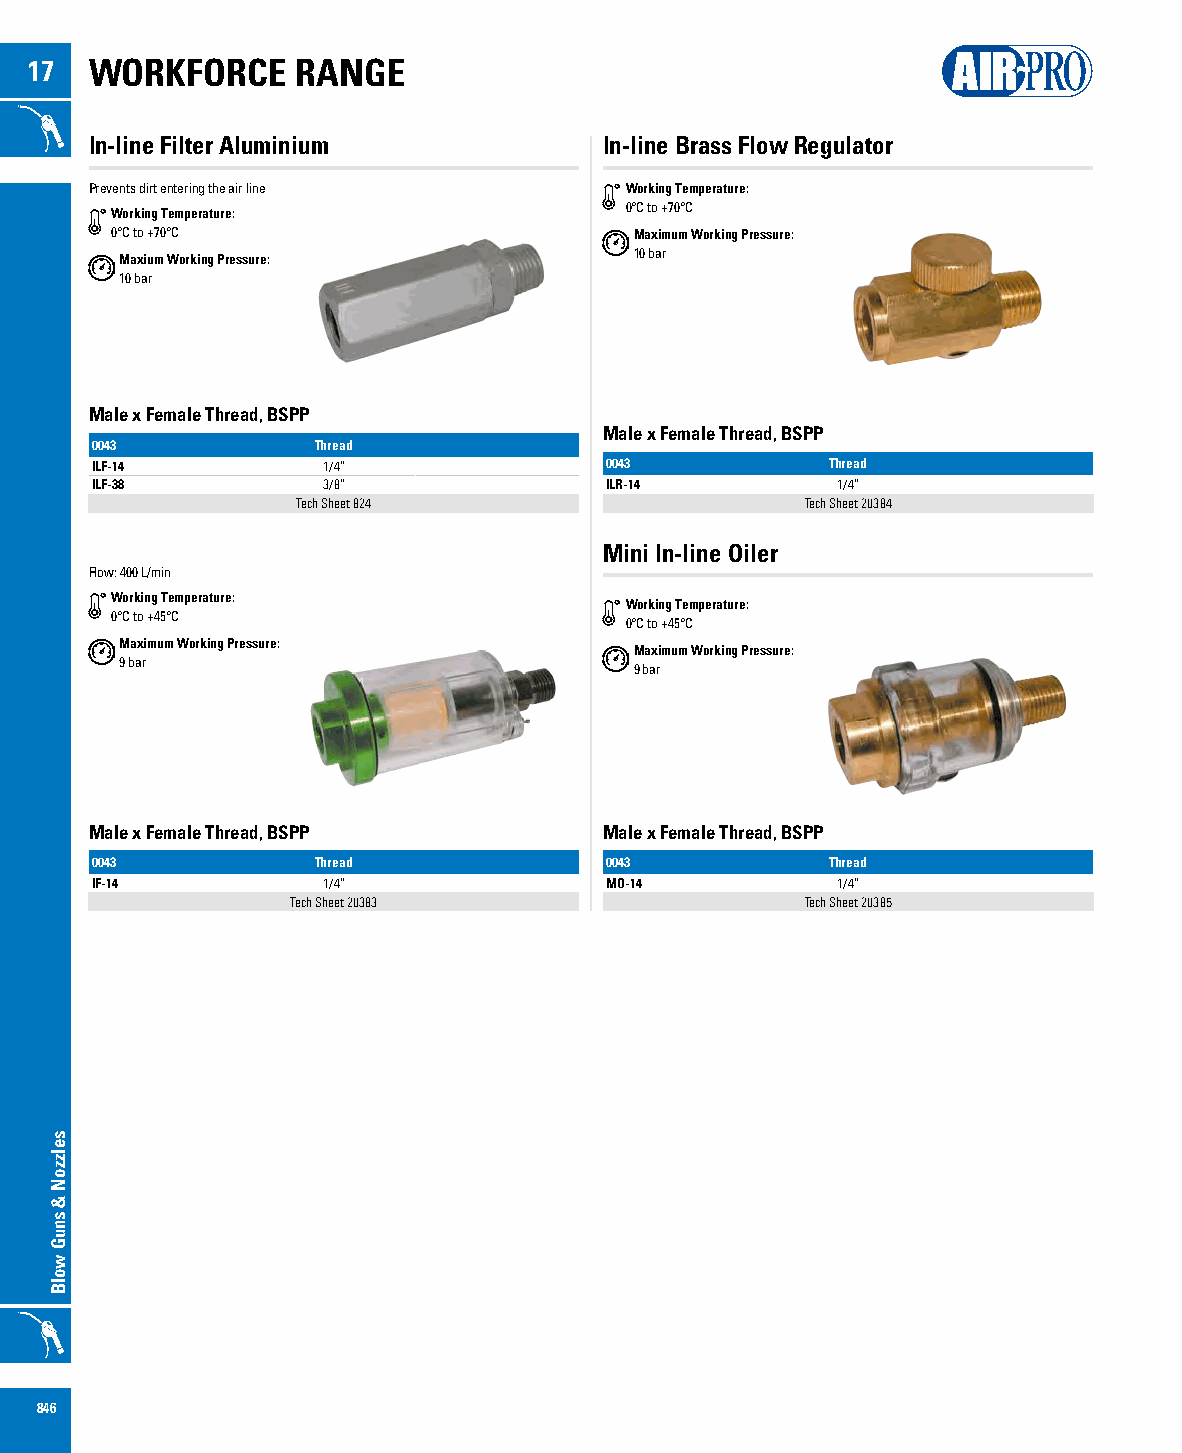
17  WORKFORCE     RANGE
 In-line Filter Aluminium          In-line Brass Flow Regulator
 Prevents dirt entering the air line Working Temperature:
 Working Temperature:              0°C to +70°C
 0°C to +70°C                       Maximum Working Pressure:
 Maxium Working Pressure:          10 bar
 10 bar
 Male x Female Thread, BSPP
 Male x Female Thread, BSPP
 0043           Thread
 ILF-14         1/4”               0043           Thread
 ILF-38         3/8”               ILR-14         1/4”
 Tech Sheet 824                   Tech Sheet 20384
 Mini In-line Oiler
 Flow: 400 L/min
 Working Temperature:
 Working Temperature:
 0°C to +45°C
 0°C to +45°C
 Maximum Working Pressure:
 Maximum Working Pressure:
 9 bar
 9 bar
 Male x Female Thread, BSPP        Male x Female Thread, BSPP
 0043           Thread             0043           Thread
 IF-14          1/4”               MO-14          1/4”
 Tech Sheet 20383                  Tech Sheet 20385
 846
 selzzoN
 &
 snuG
 wolB